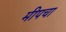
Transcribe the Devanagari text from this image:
मीपचा